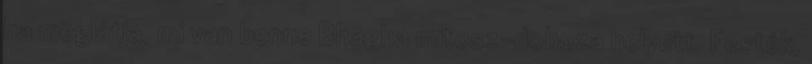
ha meglátja, mi van benne Bhagha mitosz-doboza helyett. Festék,